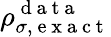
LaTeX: \rho_{\sigma,\mathrm{~e~x~a~c~t~}}^{\mathrm{~d~a~t~a~}}